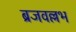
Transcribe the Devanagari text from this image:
ब्रजवल्लभ